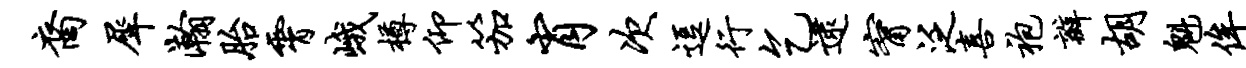
裔犀瀚胎霄峨樽仰笳肖次逗行乞逮甯泛喜袍瓣胡魁侔